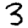
Digit: 3